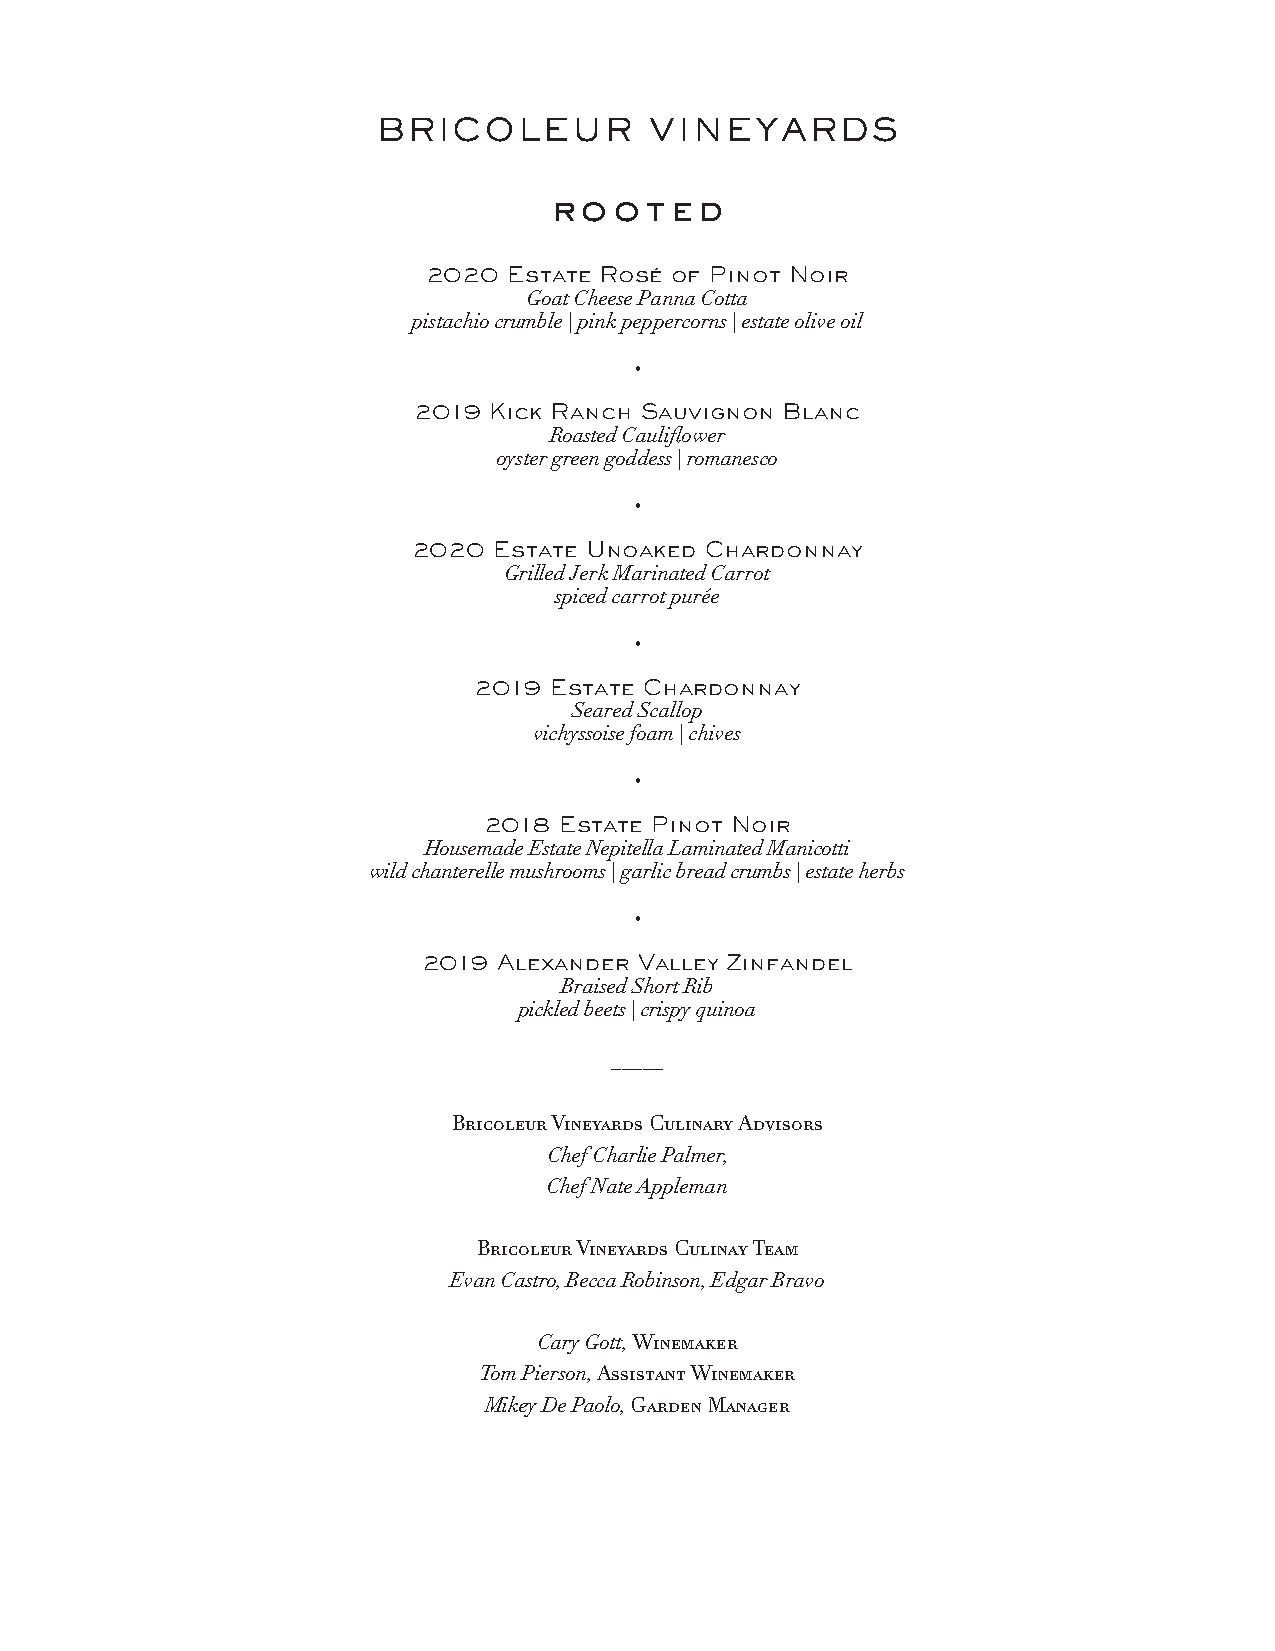
BRICOLEUR         VINEYARDS
 rooted
 2020  Estate Rosé of Pinot Noir
 Goat Cheese Panna Cotta
 pistachio crumble | pink peppercorns | estate olive oil
 •
 2019 Kick Ranch Sauvignon Blanc
 Roasted Cauliflower
 oyster green goddess | romanesco
 •
 2020  Estate Unoaked Chardonnay
 Grilled Jerk Marinated Carrot
 spiced carrot purée
 •
 2019 Estate Chardonnay
 Seared Scallop
 vichyssoise foam | chives
 •
 2018 Estate Pinot Noir
 Housemade Estate Nepitella Laminated Manicotti
 wild chanterelle mushrooms | garlic bread crumbs | estate herbs
 •
 2019 Alexander Valley Zinfandel
 Braised Short Rib
 pickled beets | crispy quinoa
 _____
 Bricoleur Vineyards Culinary Advisors
 Chef Charlie Palmer,
 Chef Nate Appleman
 Bricoleur Vineyards Culinay Team
 Evan Castro, Becca Robinson, Edgar Bravo
 Cary Gott, Winemaker
 Tom Pierson, Assistant Winemaker
 Mikey De Paolo, Garden Manager